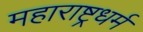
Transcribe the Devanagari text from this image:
महाराष्ट्रधर्म